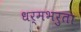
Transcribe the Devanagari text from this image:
धर्मभरुता